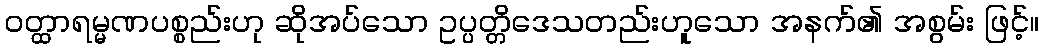
ဝတ္ထာရမ္မဏပစ္စည်းဟု ဆိုအပ်သော ဥပ္ပတ္တိဒေသတည်းဟူသော အနက်၏ အစွမ်း ဖြင့်။